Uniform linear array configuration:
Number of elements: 4
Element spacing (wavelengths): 0.5
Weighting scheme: exponential
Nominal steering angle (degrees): -15
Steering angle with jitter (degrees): -15.213
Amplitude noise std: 0.05
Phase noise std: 0.05

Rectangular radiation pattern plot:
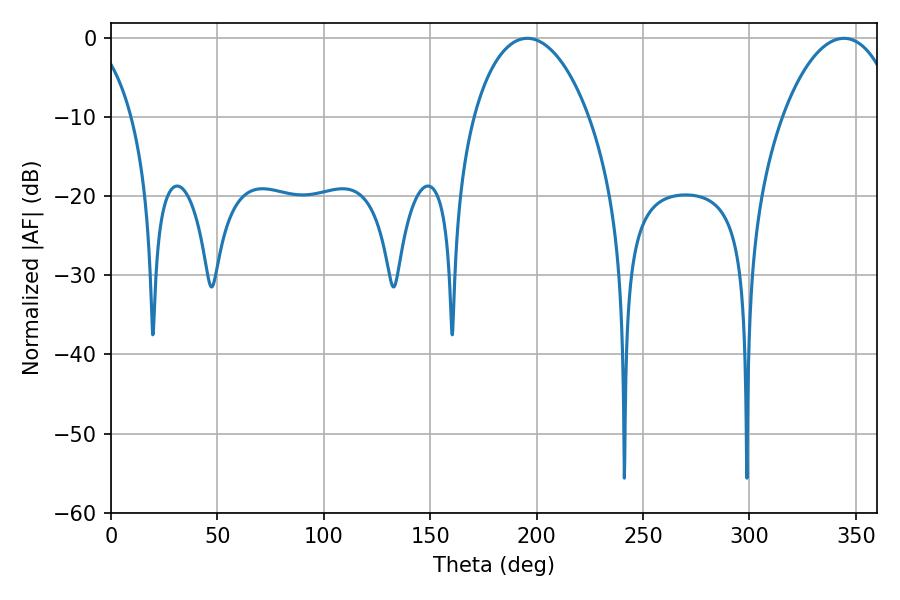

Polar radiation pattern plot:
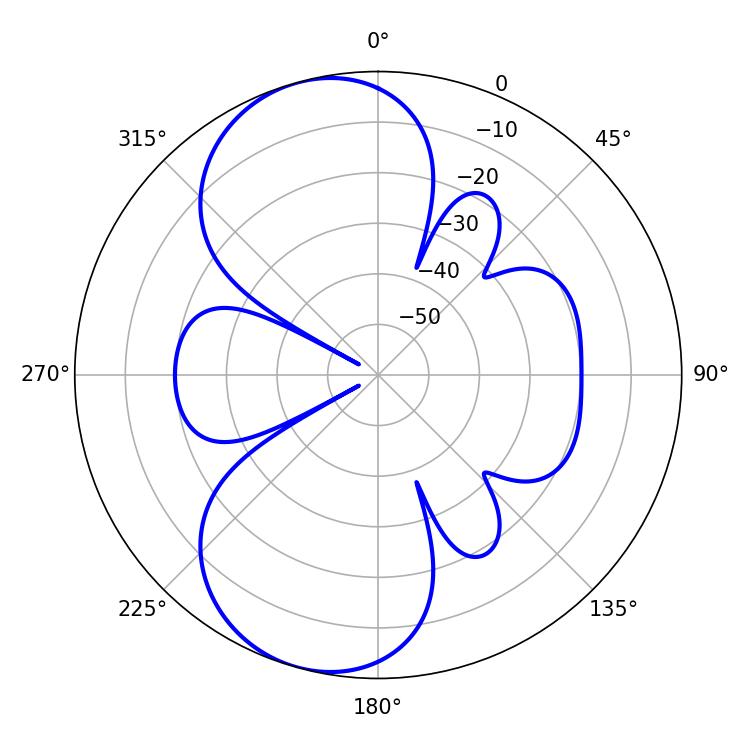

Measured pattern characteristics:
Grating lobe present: FALSE
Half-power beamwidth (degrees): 30.96
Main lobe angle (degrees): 195.66